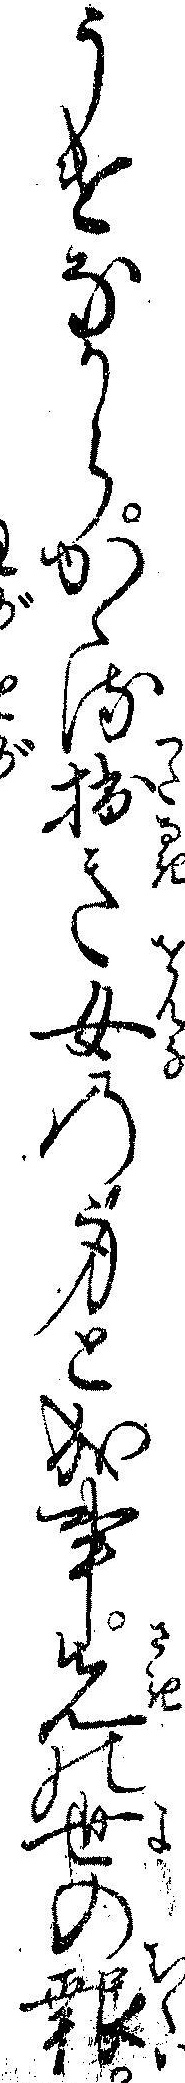
うけなからかゝる拙き女の身と成事先の世の報